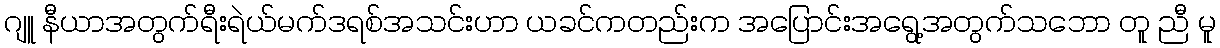
ဂျူ နီယာအတွက်ရီးရဲယ်မက်ဒရစ်အသင်းဟာ ယခင်ကတည်းက အပြောင်းအရွေ့အတွက်သဘော တူ ညီ မူ